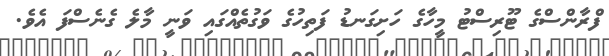
ފްރާންސްގެ ޓޫރިސްޓު މީހާގެ ހަށިގަނޑު ފަތިހުގެ ވަގުތެއްގައި ވަނީ މާލެ ގެނެސްފަ އެވެ.